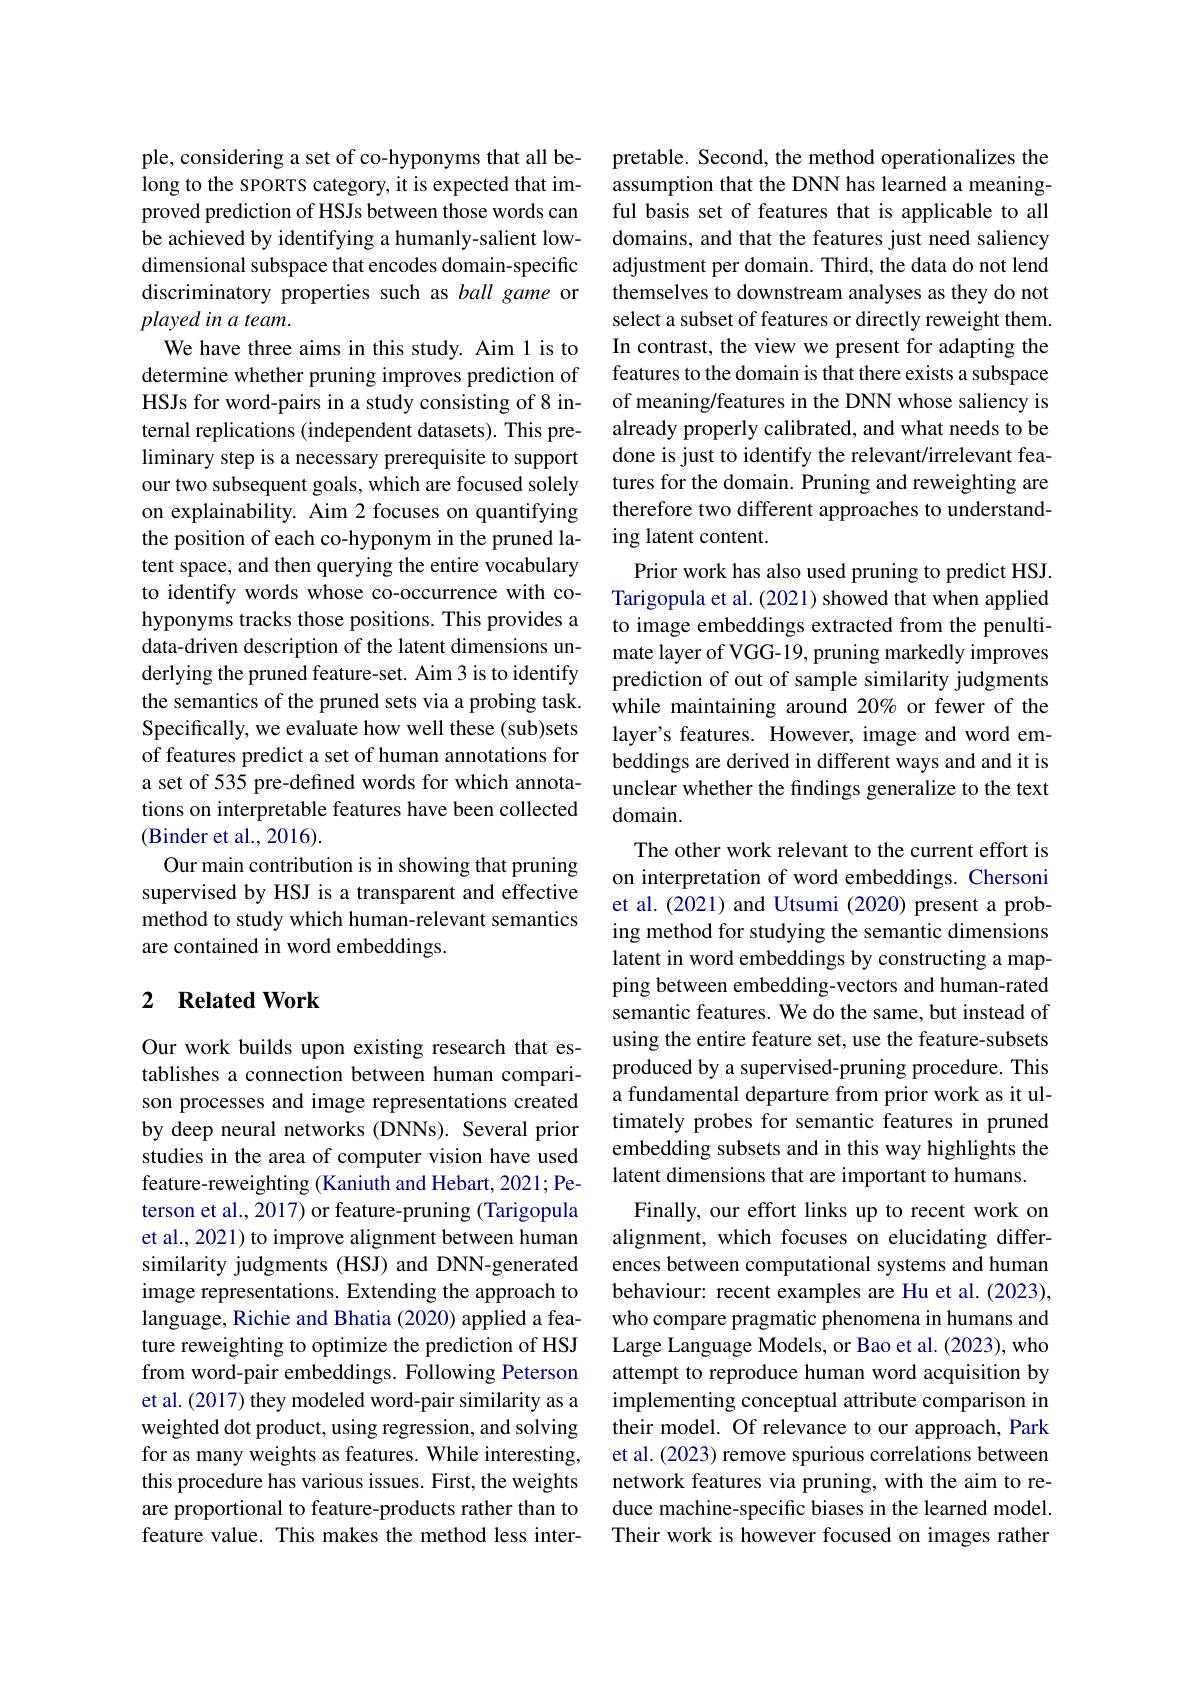
ple, considering a set of co-hyponyms that all belong to the sPORTS category, it is expected that improved prediction of HSJs between those words can be achieved by identifying a humanly-salient lowdimensional subspace that encodes domain-specific discriminatory properties such as ball game or played in a team.
We have three aims in this study. Aim 1 is to determine whether pruning improves prediction of HSJs for word-pairs in a study consisting of 8 internal replications (independent datasets). This preliminary step is a necessary prerequisite to support our two subsequent goals, which are focused solely on explainability. Aim 2 focuses on quantifying the position of each co-hyponym in the pruned latent space, and then querying the entire vocabulary to identify words whose co-occurrence with cohyponyms tracks those positions. This provides a data-driven description of the latent dimensions underlying the pruned feature-set. Aim 3 is to identify the semantics of the pruned sets via a probing task. Specifically, we evaluate how well these (sub)sets of features predict a set of human annotations for a set of 535 pre-defined words for which annotations on interpretable features have been collected (Binder et al., 2016).
Our main contribution is in showing that pruning supervised by HSJ is a transparent and effective method to study which human-relevant semantics are contained in word embeddings.

## 2 $\textbf{Related Work}$

Our work builds upon existing research that establishes a connection between human comparison processes and image representations created by deep neural networks (DNNs). Several prior studies in the area of computer vision have used feature-reweighting (Kaniuth and Hebart, 2021; Peterson et al., 2017) or feature-pruning (Tarigopula et al., 2021) to improve alignment between human similarity judgments (HSJ) and DNN-generated image representations. Extending the approach to language, Richie and Bhatia (2020) applied a feature reweighting to optimize the prediction of HSJ from word-pair embeddings. Following Peterson et al. (2017) they modeled word-pair similarity as a weighted dot product, using regression, and solving for as many weights as features. While interesting, this procedure has various issues. First, the weights are proportional to feature-products rather than to feature value. This makes the method less inter-

pretable. Second, the method operationalizes the assumption that the DNN has learned a meaningful basis set of features that is applicable to all domains, and that the features just need saliency adjustment per domain. Third, the data do not lend themselves to downstream analyses as they do not select a subset of features or directly reweight them. In contrast, the view we present for adapting the features to the domain is that there exists a subspace of meaning/features in the DNN whose saliency is already properly calibrated, and what needs to be done is just to identify the relevant/irrelevant features for the domain. Pruning and reweighting are therefore two different approaches to understanding latent content.
Prior work has also used pruning to predict HSJ. Tarigopula et al. (2021) showed that when applied to image embeddings extracted from the penultimate layer of VGG-19, pruning markedly improves prediction of out of sample similarity judgments while maintaining around 20% or fewer of the layer's features. However, image and word embeddings are derived in different ways and and it is unclear whether the findings generalize to the text domain.
The other work relevant to the current effort is on interpretation of word embeddings. Chersoni et al.(2021) and Utsumi (2020) present a probing method for studying the semantic dimensions latent in word embeddings by constructing a mapping between embedding-vectors and human-rated semantic features. We do the same, but instead of using the entire feature set, use the feature-subsets produced by a supervised-pruning procedure. This a fundamental departure from prior work as it ultimately probes for semantic features in pruned embedding subsets and in this way highlights the latent dimensions that are important to humans.
Finally, our effort links up to recent work on alignment, which focuses on elucidating differences between computational systems and human behaviour: recent examples are Hu et al. (2023), who compare pragmatic phenomena in humans and Large Language Models, or Bao et al. (2023), who attempt to reproduce human word acquisition by implementing conceptual attribute comparison in their model. Of relevance to our approach, Park et al. (2023) remove spurious correlations between network features via pruning, with the aim to reduce machine-specific biases in the learned model. Their work is however focused on images rather